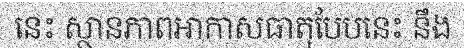
នេះ ស្ថានភាពអាកាសធាតុបែបនេះ នឹង